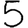
Digit: 5